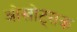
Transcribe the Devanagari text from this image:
ओखोट्सक